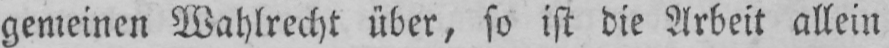
gemeinen Wahlrecht über, so ist die Arbeit allein